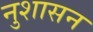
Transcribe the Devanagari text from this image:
नुशासन